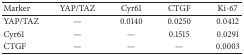
<table><thead><tr><td><b>Marker</b></td><td><b>YAP/TAZ</b></td><td><b>Cyr61</b></td><td><b>CTGF</b></td><td><b>Ki-67</b></td></tr></thead><tbody><tr><td>YAP/TAZ</td><td>—</td><td>0.0140</td><td>0.0250</td><td>0.0412</td></tr><tr><td>Cyr61</td><td>—</td><td>—</td><td>0.1515</td><td>0.0291</td></tr><tr><td>CTGF</td><td>—</td><td>—</td><td>—</td><td>0.0003</td></tr></tbody></table>